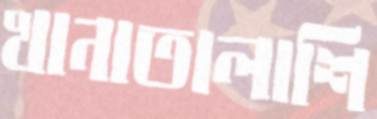
খানাতালাশি